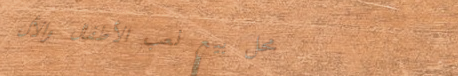
محل بيع لعب الأطفال والأل